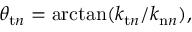
\theta _ { \mathrm { t } n } = \arctan ( k _ { \mathrm { t } n } / k _ { \mathrm { n } n } ) ,